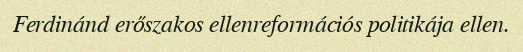
Ferdinánd erőszakos ellenreformációs politikája ellen.